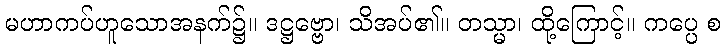
မဟာကပ်ဟူသောအနက်၌။ ဒဋ္ဌဗ္ဗော၊ သိအပ်၏။ တသ္မာ၊ ထို့ကြောင့်။ ကပ္ပေ စ